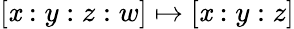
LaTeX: [\mathit{x}:y:z:w]\mapsto[\mathit{x}:y:z]